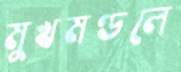
মুখমণ্ডলে